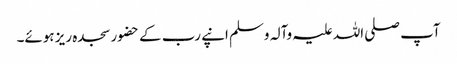
آپ صلی اللہ علیہ وآلہ وسلم انپے رب کے حضور سجدہ ریز ہوئے۔